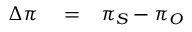
\begin{array} { r l r } { \Delta \pi } & { { } = } & { \pi _ { S } - \pi _ { O } } \end{array}